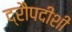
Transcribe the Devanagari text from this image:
द्रौपदीशी